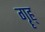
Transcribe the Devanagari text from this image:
गॄह्